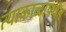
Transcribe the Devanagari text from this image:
त्याकाळापर्यंत